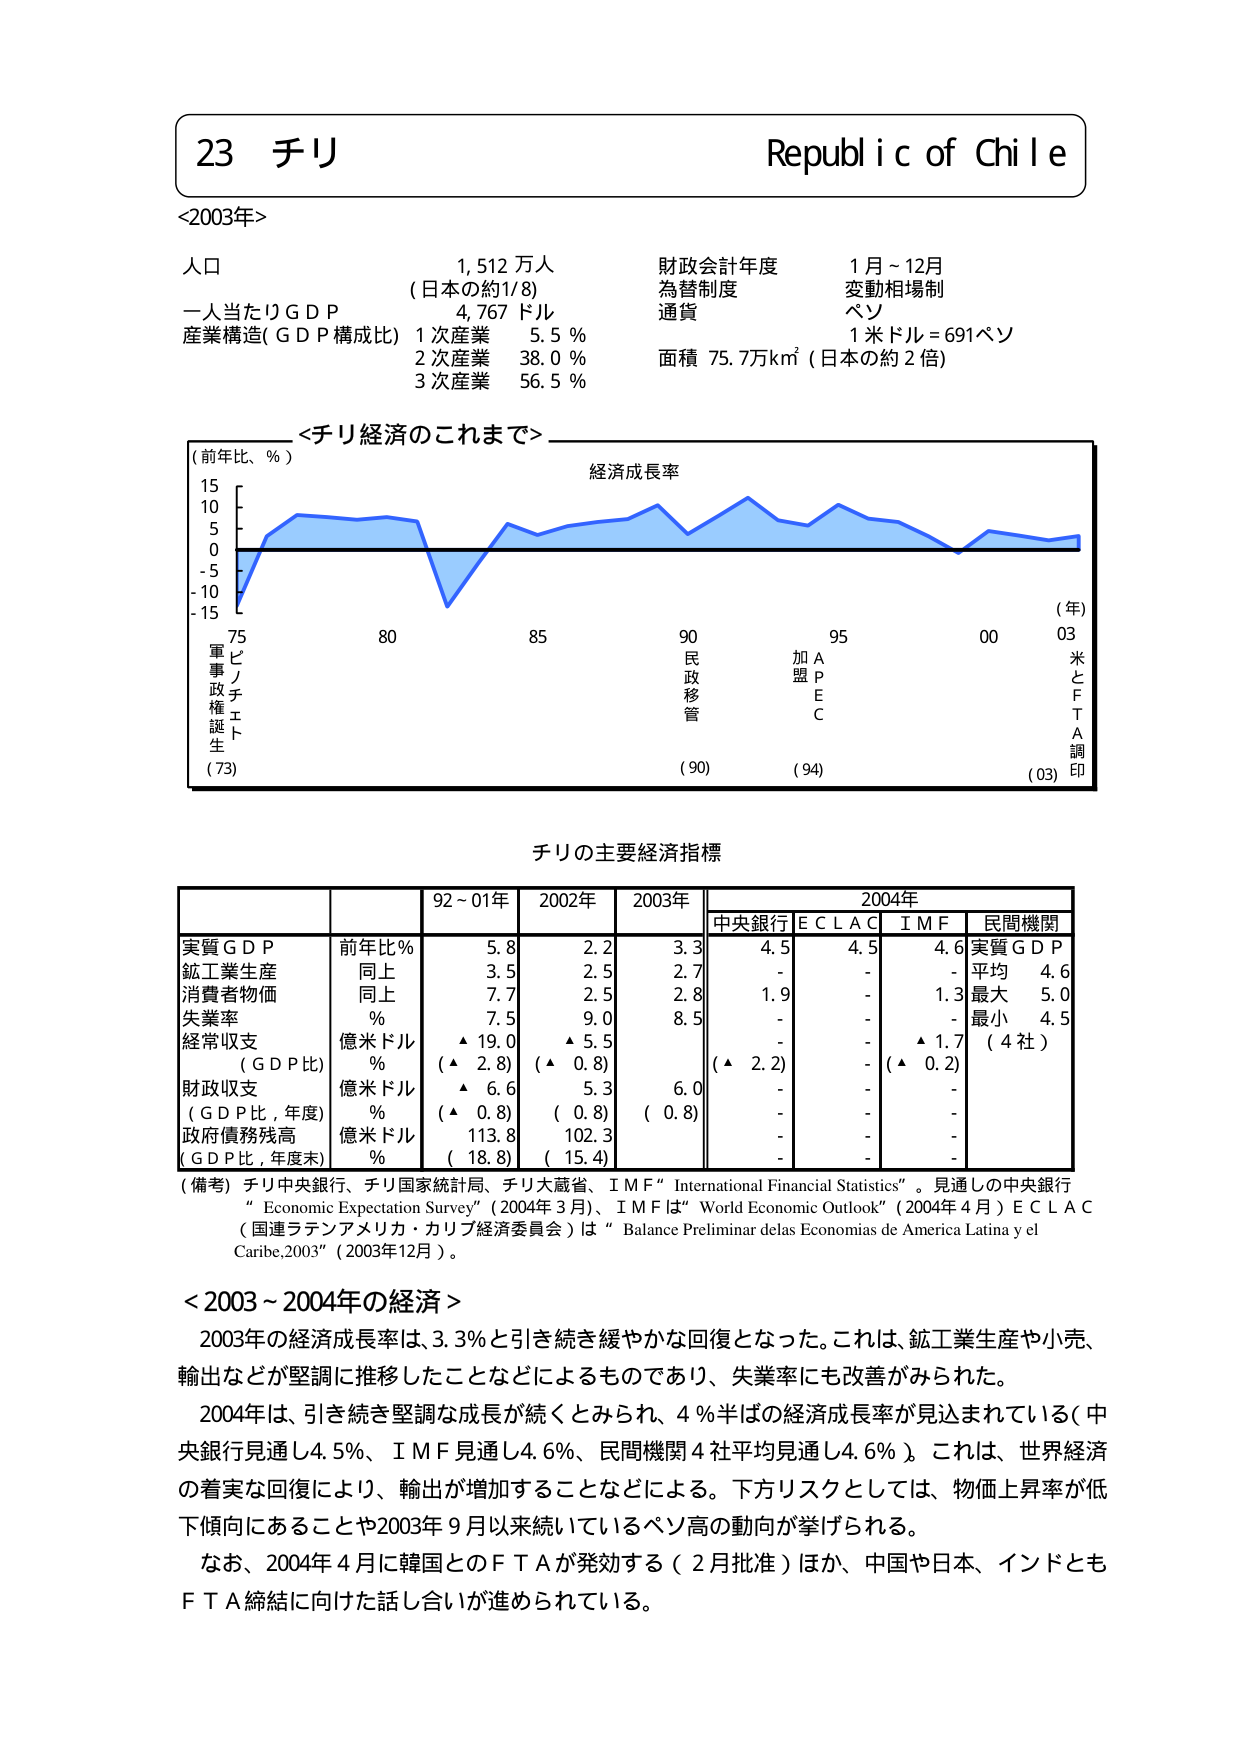
23 チリ
Republic of Chile
<2003年>
人口 1,512万人
（日本の約1/8）
一人当たりGDP 4,767ドル
産業構造（GDP構成比） 1次産業 5.5％
2次産業 38.0％
3次産業 56.5％
財政会計年度 1月～12月
為替制度 変動相場制
通貨 ペソ
1米ドル＝691ペソ
面積 75.7万km²（日本の約2倍）
<チリ経済のこれまで>
（前年比、％）
経済成長率
15
10
5
0
-5
-10
-15
75
80
85
90
95
00
03
（年）
軍事政権誕生
（73）
ピノチェット
民政移管
（90）
加A
盟P
E
C
（94）
米とFTA調印
（03）
チリの主要経済指標
92～01年 2002年 2003年 2004年
中央銀行 E C L A C I M F 民間機関
実質GDP 前年比％ 5.8 2.2 3.3 4.5 4.5 4.6 実質GDP
鉱工業生産 同上 3.5 2.5 2.7 - - - 平均 4.6
消費者物価 同上 7.7 2.5 2.8 1.9 - 1.3 最大 5.0
失業率 ％ 7.5 9.0 8.5 - - - 最小 4.5
経常収支 億米ドル ▲19.0 ▲5.5 - - ▲1.7 （4社）
（GDP比） ％ （▲2.8） （▲0.8） （▲2.2） - （▲0.2）
財政収支 億米ドル ▲6.6 5.3 6.0 - - -
（GDP比，年度） ％ （▲0.8） （0.8） （0.8） - - -
政府債務残高 億米ドル 113.8 102.3 - - - -
（GDP比，年度末） ％ （18.8） （15.4） - - - -
（備考）チリ中央銀行、チリ国家統計局、チリ大蔵省、IMF “International Financial Statistics”。見通しの中央銀行
“Economic Expectation Survey”（2004年3月）、IMFは“World Economic Outlook”（2004年4月）ECLAC
（国連ラテンアメリカ・カリブ経済委員会）は“Balance Preliminar delas Economias de America Latina y el
Caribe,2003”（2003年12月）。
<2003～2004年の経済>
2003年の経済成長率は、3.3％と引き続き緩やかな回復となった。これは、鉱工業生産や小売、
輸出などが堅調に推移したことなどによるものであり、失業率にも改善がみられた。
2004年は、引き続き堅調な成長が続くとみられ、4％半ばの経済成長率が見込まれている（中央銀行見通し4.5％、IMF見通し4.6％、民間機関4社平均見通し4.6％）。これは、世界経済
の着実な回復により、輸出が増加することなどによる。下方リスクとしては、物価上昇率が低下傾向にあることや2003年9月以来続いているペソ高の動向が挙げられる。
なお、2004年4月に韓国とのFTAが発効する（2月批准）ほか、中国や日本、インドとも
FTA締結に向けた話し合いが進められている。